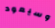
وسيعود